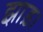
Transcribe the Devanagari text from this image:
झाड़।